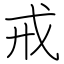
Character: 戒